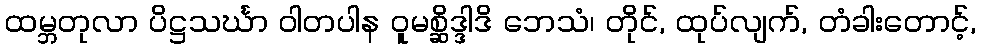
ထမ္ဘတုလာ ပိဋ္ဌသင်္ဃာ ဝါတပါန ဝူမစ္ဆိဒ္ဒါဒိ ဘေသံ၊ တိုင်, ထုပ်လျက်, တံခါးတောင့်,